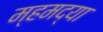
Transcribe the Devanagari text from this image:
म्हमद्या